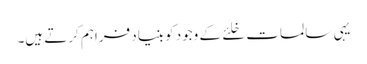
یہی سالمات خلئے کے وجود کو بنیاد فراہم کرتے ہیں۔